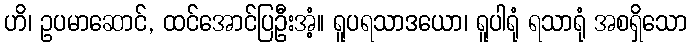
ဟိ၊ ဥပမာဆောင်, ထင်အောင်ပြဦးအံ့။ ရူပရသာဒယော၊ ရူပါရုံ ရသာရုံ အစရှိသော